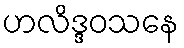
ဟလိဒ္ဒဝသနေ